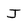
Character: J